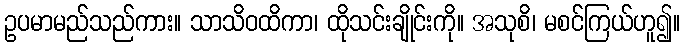
ဥပမာမည်သည်ကား။ သာသိဝထိကာ၊ ထိုသင်းချိုင်းကို။ အသုစိ၊ မစင်ကြယ်ဟူ၍။